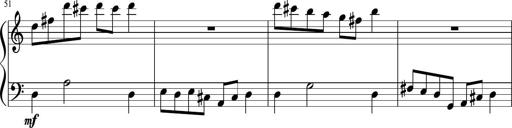
Title: Sonatine Nr.1 in C-Dur
Composer: DÃ©sirÃ©e Manns
Key: C major